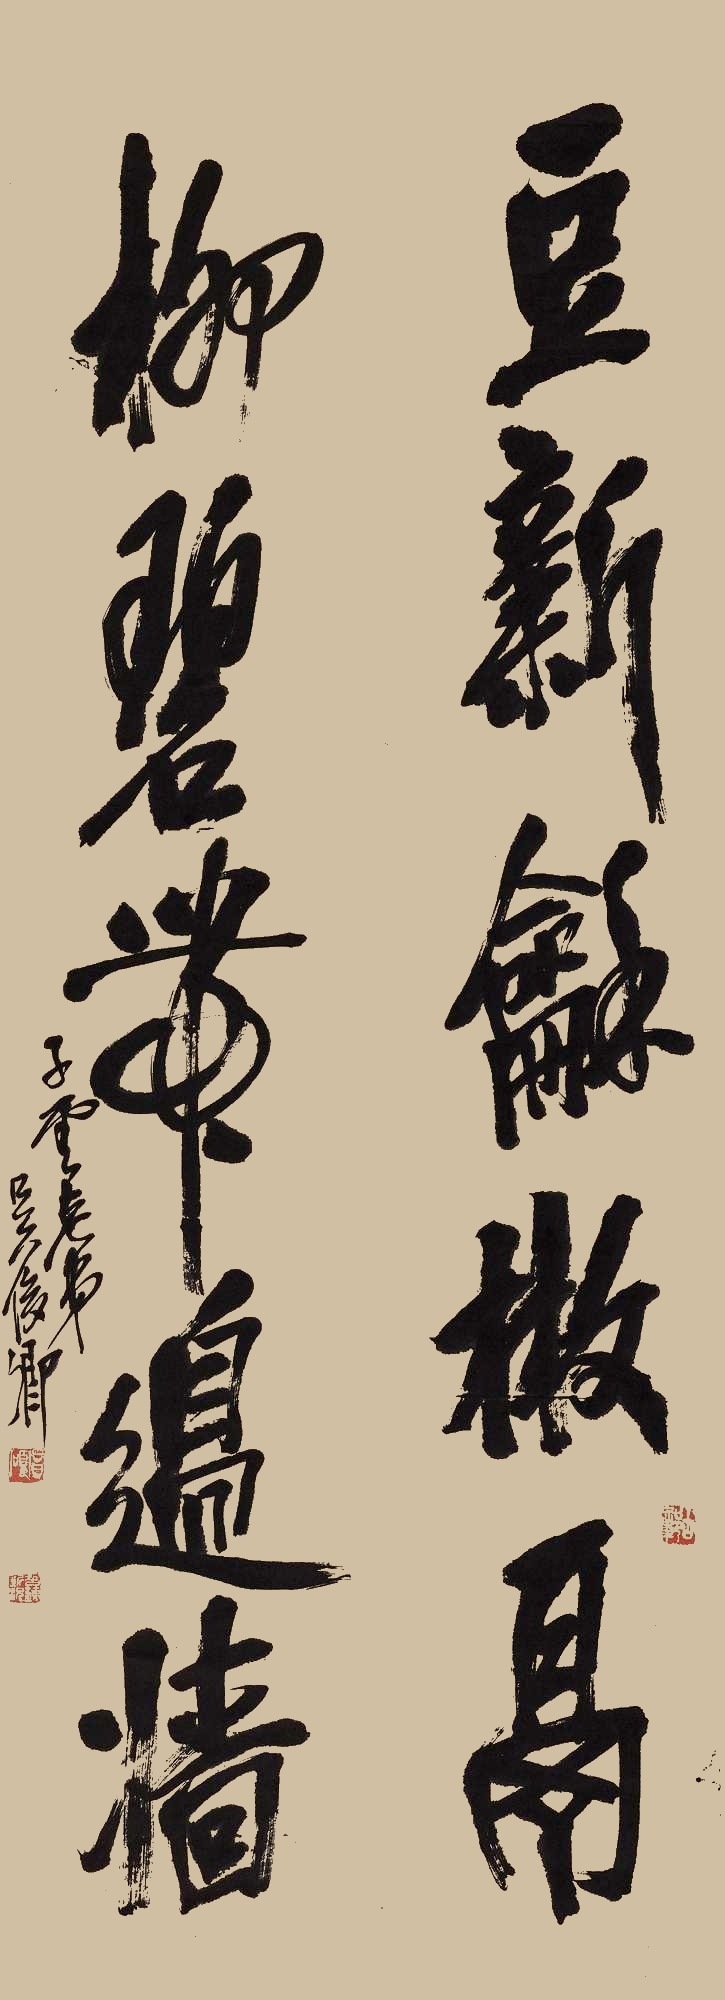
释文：豆新和散鬲，柳碧带边墙。子云老弟。吴俊卿。